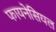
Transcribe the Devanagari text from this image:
फायनेसियल